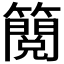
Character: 𮆬